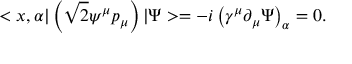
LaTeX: < x , \alpha | \left( \sqrt { 2 } \psi ^ { \mu } p _ { \mu } \right) | \Psi > = - i \left( \gamma ^ { \mu } \partial _ { \mu } \Psi \right) _ { \alpha } = 0 .